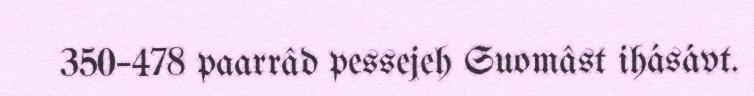
350–478 paarrâd pessejeh Suomâst ihásávt.